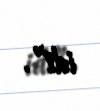
idi”.